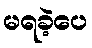
မရခဲ့ပေ